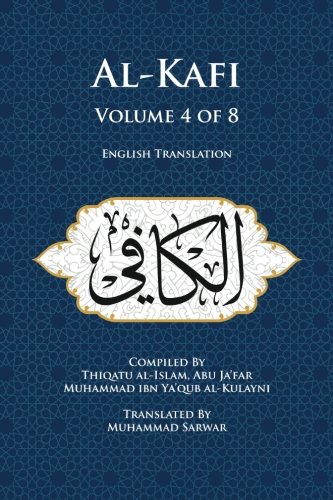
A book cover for Al-Kafi, Volume 4 of 8: English Translation; Thiqatu al-Islam, Abu Ja'far Muhammad ibn Ya'qub al-Kulayni; Religion & Spirituality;